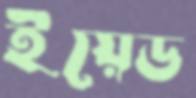
ইয়েড